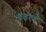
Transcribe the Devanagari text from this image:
फहरते